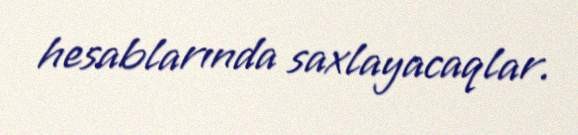
hesablarında saxlayacaqlar.